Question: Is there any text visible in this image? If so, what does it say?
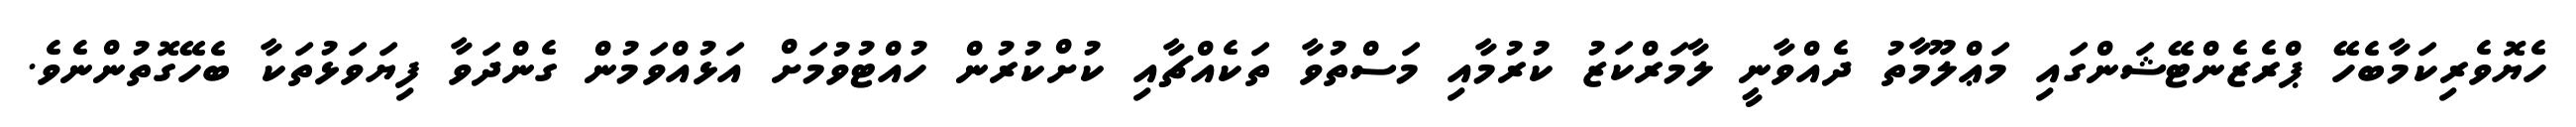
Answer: ހެޔޮވެރިކަމާބެހޭ ޕްރެޒެންޓޭޝަންގައި މަޢްލޫމާތު ދެއްވާނީ ލާމަރްކަޒު ކުރުމާއި މަސްތުވާ ތަކެއްޗާއި ކުށްކުރުން ހުއްޓުވުމަށް އަޅުއްވަމުން ގެންދަވާ ފިޔަވަޅުތަކާ ބެހޭގޮތުންނެވެ.